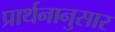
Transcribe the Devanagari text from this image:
प्रार्थनानुसार